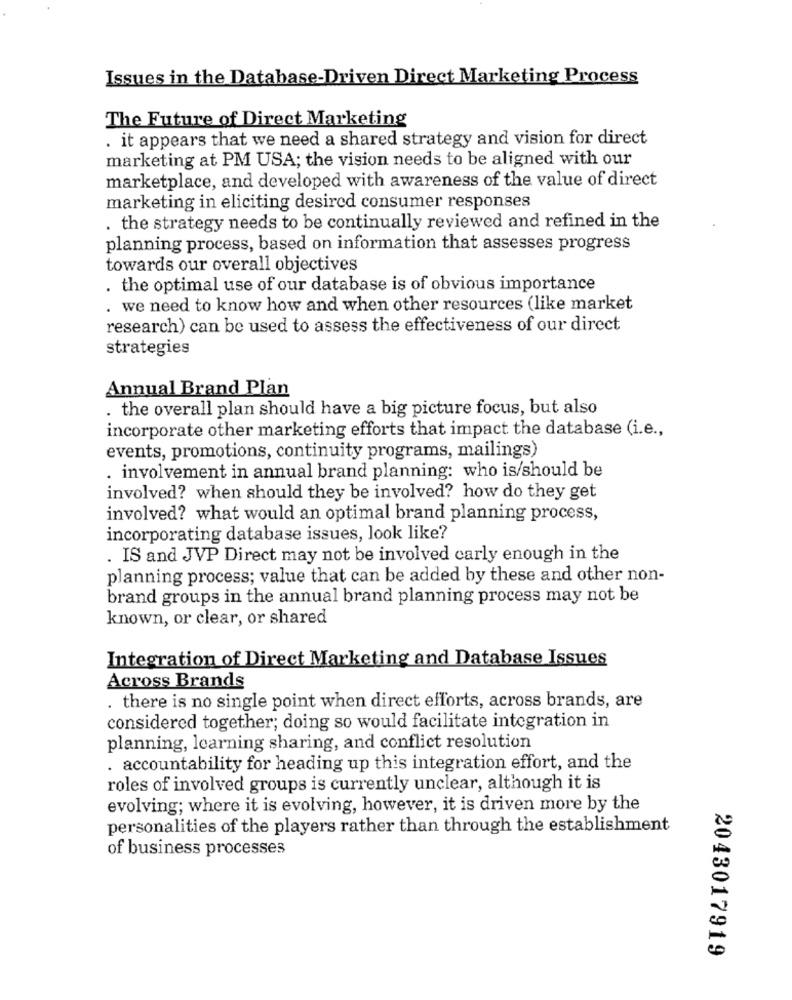
Issues in the Database-Driven Direct Marketing Process
The Future of Direct Marketing
. it appears that we need a shared strategy and vision for direct
marketing at PM USA; the vision needs to be aligned with our
marketplace, and developed with awareness of the value of direct
marketing in eliciting desired consumer responses
. the strategy needs to be continually reviewed and refined in the
planning process, based on information that assesses progress
towards our overall objectives
. the optimal use of our database is of obvious importance
. we need to know how and when other resources (like market
research) can be used to assess the effectiveness of our direct
strategies
Annual Brand Plan
. the overall plan should have a big picture focus, but also
incorporate other marketing efforts that impact the database (i.e .,
events, promotions, continuity programs, mailings)
. involvement in annual brand planning: who is/should be
involved? when should they be involved? how do they get
involved? what would an optimal brand planning process,
incorporating database issues, look like?
. IS and JVP Direct may not be involved carly enough in the
planning process; value that can be added by these and other non-
brand groups in the annual brand planning process may not be
known, or clear, or shared
Integration of Direct Marketing and Database Issues
Across Brands
. there is no single point when direct efforts, across brands, are
considered together; doing so would facilitate integration in
planning, learning sharing, and conflict resolution
. accountability for heading up this integration effort, and the
roles of involved groups is currently unclear, although it is
evolving; where it is evolving, however, it is driven more by the
personalities of the players rather than through the establishment
of business processes
2043017919